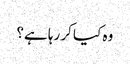
وہ کیا کر رہا ہے؟